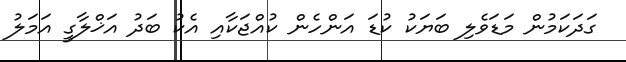
ގަދަކަމުން މަޑަވެލި ބަޔަކު ކުޑަ އަންހެން ކުއްޖަކާއި އެކު ބަދު އަޚްލާގީ އަމަލު